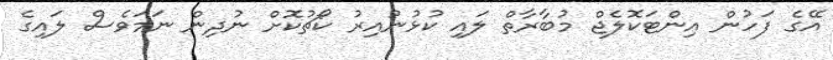
އޭގެ ފަހުން އިންޓަކޮލެޖް މުބާރާތް ލައި ކުޅުނުއިރު ކޯޗުކޮށް ނުދިން ނަމަވެސް ލައިގެ